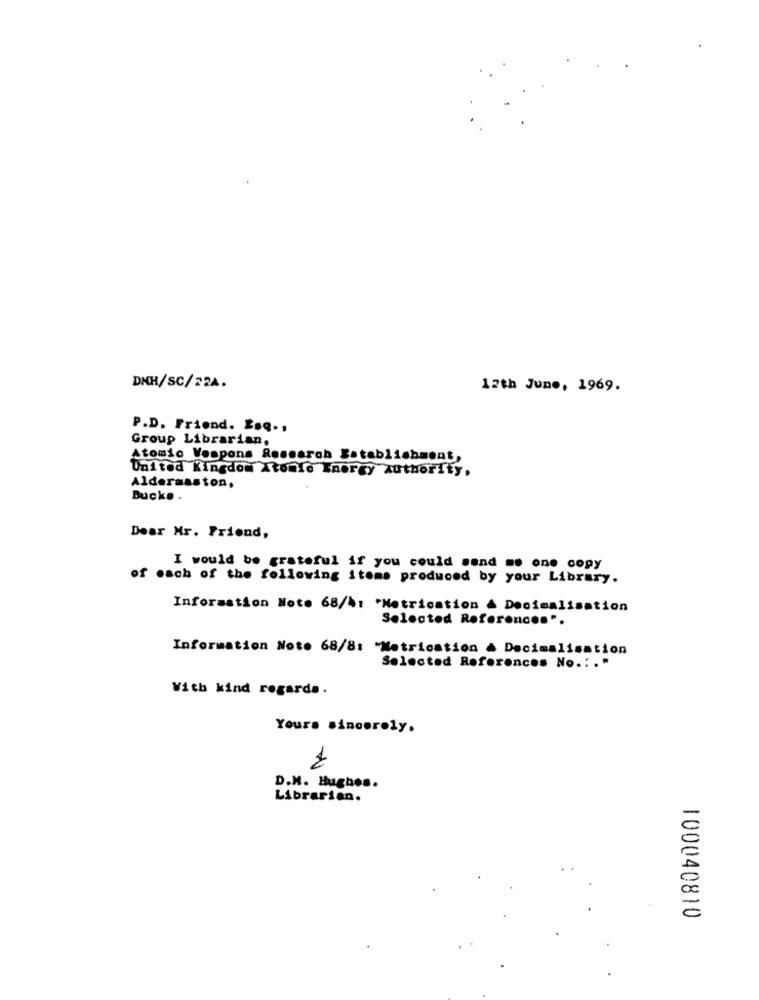
DNH/SC/22A.
12th June, 1969.
P.D. Friend. Esq ..
Group Librarian.
Atomic Vespons Research Establishment,
United Kingdom Atomic Energy Authority.
Aldermaston,
Buck. .
Dear Mr. Friend,
I would be grateful if you could send me one copy
of each of the following items produced by your Library.
Information Note 68/4: * Netrication & Decimalisation
Selected References".
Information Not. 68/8: "Metricstion A Decimalisation
Selected References No .: . "
With kind regards.
Yours sincerely.
1
D.H. Hughes.
Librarian.
100040810